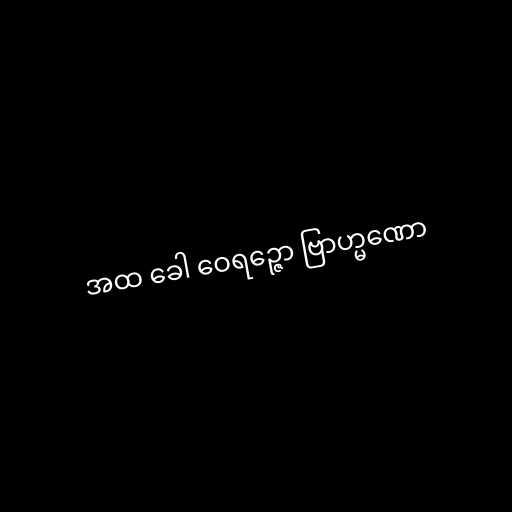
အထ ခေါ ဝေရဉ္ဇော ဗြာဟ္မဏော